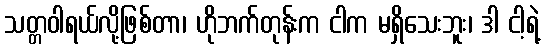
သတ္တဝါရယ်လို့ဖြစ်တာ၊ ဟိုဘက်တုန်းက ငါက မရှိသေးဘူး၊ ဒါ ငါ့ရဲ့